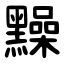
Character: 䵲